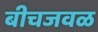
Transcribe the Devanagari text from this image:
बीचजवळ